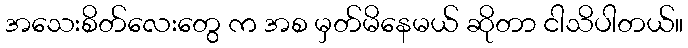
အသေးစိတ်လေးတွေ က အစ မှတ်မိနေမယ် ဆိုတာ ငါသိပါတယ်။